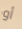
أو